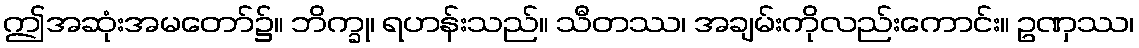
ဤအဆုံးအမတော်၌။ ဘိက္ခု၊ ရဟန်းသည်။ သီတဿ၊ အချမ်းကိုလည်းကောင်း။ ဥဏှဿ၊